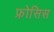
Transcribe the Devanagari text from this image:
फ्रोसिस